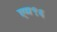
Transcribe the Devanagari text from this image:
एम९६